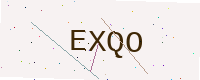
Text: EXQO